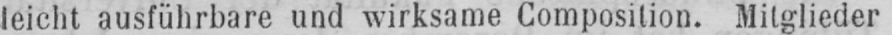
leicht ausführbare und wirksame Composition. Mitglieder